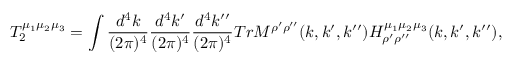
T _ { 2 } ^ { \mu _ { 1 } \mu _ { 2 } \mu _ { 3 } } = \int \frac { d ^ { 4 } k } { ( 2 \pi ) ^ { 4 } } \frac { d ^ { 4 } k ^ { \prime } } { ( 2 \pi ) ^ { 4 } } \frac { d ^ { 4 } k ^ { \prime \prime } } { ( 2 \pi ) ^ { 4 } } T r M ^ { \rho ^ { \prime } \rho ^ { \prime \prime } } ( k , k ^ { \prime } , k ^ { \prime \prime } ) H _ { \rho ^ { \prime } \rho ^ { \prime \prime } } ^ { \mu _ { 1 } \mu _ { 2 } \mu _ { 3 } } ( k , k ^ { \prime } , k ^ { \prime \prime } ) ,